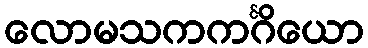
လောမသကကင်္ဂိယော